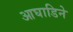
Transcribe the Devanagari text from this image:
आघाडिने